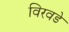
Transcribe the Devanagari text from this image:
विरवडे